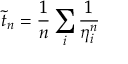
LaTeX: \tilde { t } _ { n } = \frac { 1 } { n } \sum _ { i } \frac { 1 } { \eta _ { i } ^ { n } }